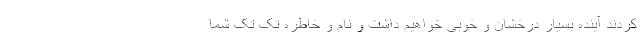
کردند آینده بسیار درخشان و خوبی خواهیم داشت و نام و خاطره تک تک شما